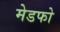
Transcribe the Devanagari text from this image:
मेडफो